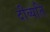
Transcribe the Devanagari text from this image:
दीव्यति